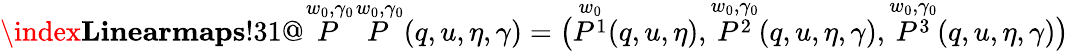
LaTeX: \index{\textbf{Linearmaps}!31@\overset{w_{0},\gamma_{0}}{P}}\overset{w_{0},\gamma_{0}}{P}(q,u,\eta,\gamma)=\big(\overset{w_{0}}{P^{1}}(q,u,\eta),\overset{w_{0},\gamma_{0}}{P^{2}}(q,u,\eta,\gamma),\overset{w_{0},\gamma_{0}}{P^{3}}(q,u,\eta,\gamma)\big)